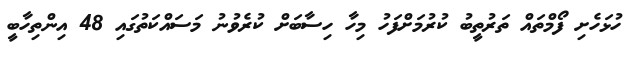
ހުޅަހެށި ފޯމްތައް ތަރުތީބު ކުރުމަށްފަހު މިހާ ހިސާބަށް ކުރެވުނު މަސައްކަތުގައި 48 އިންތިހާބީ